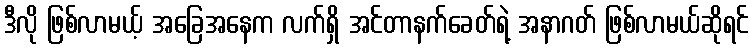
ဒီလို ဖြစ်လာမယ့် အခြေအနေက လက်ရှိ အင်တာနက်ခေတ်ရဲ့ အနာဂတ် ဖြစ်လာမယ်ဆိုရင်